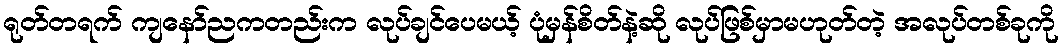
ရုတ်တရက် ကျနော်ညကတည်းက လုပ်ချင်ပေမယ့် ပုံမှန်စိတ်နဲ့ဆို လုပ်ဖြစ်မှာမဟုတ်တဲ့ အလုပ်တစ်ခုကို